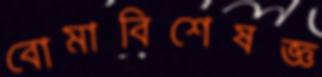
বোমাবিশেষজ্ঞ